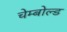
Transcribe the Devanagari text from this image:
चेम्बोल्ड